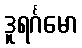
ဒူရင်္ဂမော